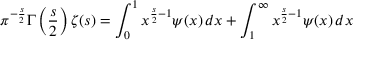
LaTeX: \pi ^ { - { \frac { s } { 2 } } } \Gamma \left( { \frac { s } { 2 } } \right) \zeta ( s ) = \int _ { 0 } ^ { 1 } x ^ { { \frac { s } { 2 } } - 1 } \psi ( x ) \, d x + \int _ { 1 } ^ { \infty } x ^ { { \frac { s } { 2 } } - 1 } \psi ( x ) \, d x